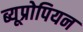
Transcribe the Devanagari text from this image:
ब्यूप्रोपियन